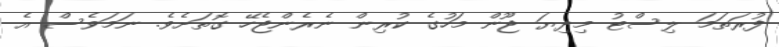
ފުރަތަމަ ލިސްޓު މިދިޔަ ޖޫން މަހުގެ ކުރިން ނެރެންޖެހޭ ގޮތަށެވެ. ނަމަވެސް އެ